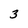
Character: 3